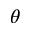
\theta